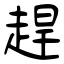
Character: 趕